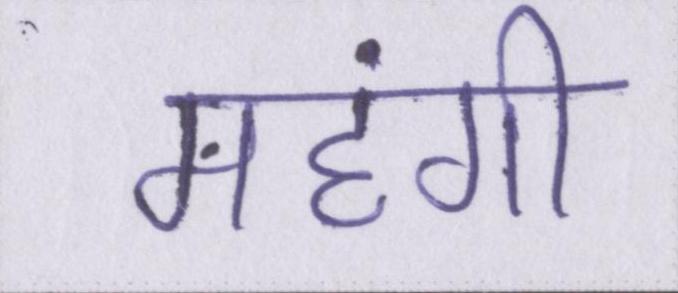
महंगी